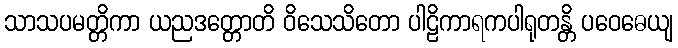
သာသပမတ္တိကာ ယညဒတ္တောတိ ဝိသေသိတော ပါဠိကာရကပါရုတန္တိ ပဝေဓေယျ